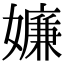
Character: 嬚